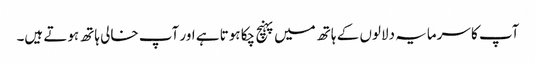
آپ کا سرمایہ دلالوں کے ہاتھ میں پہنچ چکا ہوتا ہے اور آپ خالی ہاتھ ہوتے ہیں۔